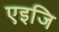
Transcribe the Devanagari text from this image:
एइजि